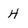
Character: H